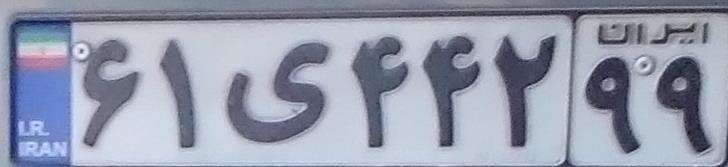
۶۱ی۴۴۲۹۹